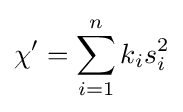
\chi '=\sum _{i=1}^{n}k_{i}s_{i}^{2}